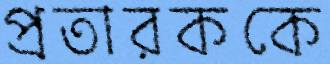
প্রতারককে